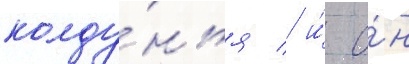
колду́нья / и́ о́н